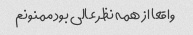
واقعا از همه نظر عالی بود ممنونم